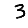
Digit: 3